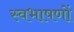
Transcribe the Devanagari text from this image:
स्वभाषणों